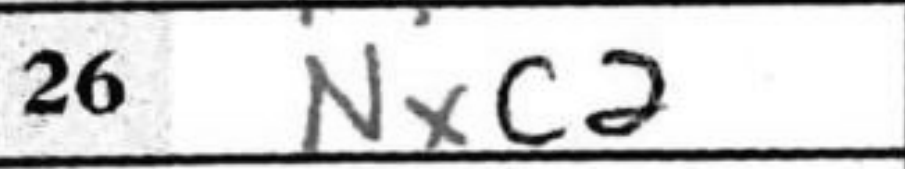
Transcription: Nxc2